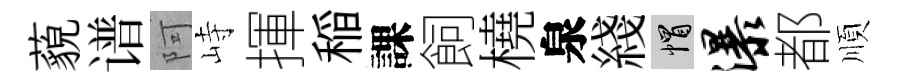
藐谱阿峙揮稲課飼橈泉綫帽瀑都順